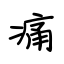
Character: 痛